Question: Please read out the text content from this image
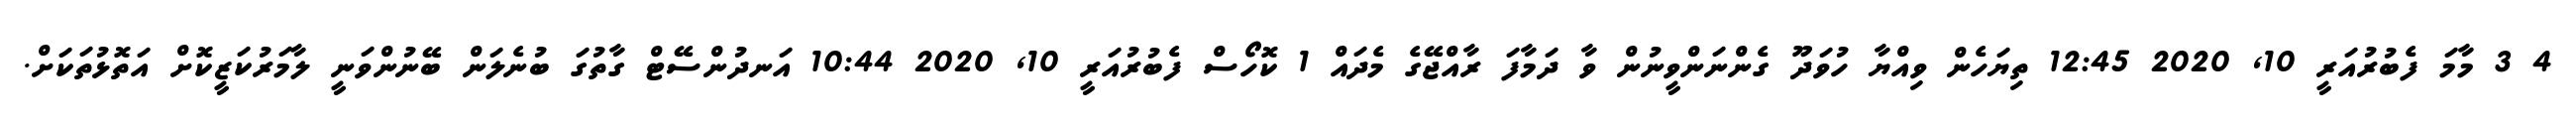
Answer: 4 3 މާމަ ފެބުރުއަރީ 10, 2020 12:45 ތިޔަހެން ވިއްޔާ ހުވަދޫ ގެންނަންވީނުން ވާ ދަމާފަ ރާއްޖޭގެ މެދައް 1 ކޮހޯސް ފެބުރުއަރީ 10, 2020 10:44 އަނދުންސޭޓް ގާތުގަ ބުނެލަން ބޭނުންވަނީ ލާމަރުކަޒީކޮށް އަތޮޅުތަކަށް.